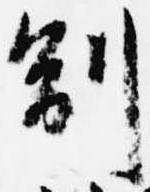
副